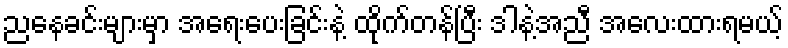
ညနေခင်းများမှာ အရေးပေးခြင်းနဲ့ ထိုက်တန်ပြီး ဒါနဲ့အညီ အလေးထားရမယ့်